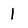
Character: l